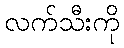
လက်သီးကို